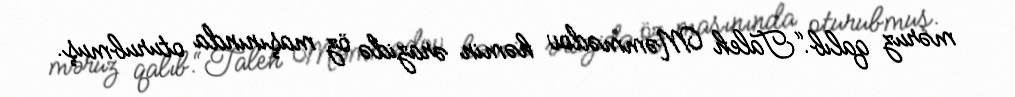
məruz qalıb.“Taleh Məmmədov həmin ərazidə öz maşınında oturubmuş.